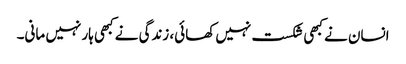
انسان نے کبھی شکست نہیں کھائی، زندگی نے کبھی ہار نہیں مانی۔